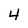
Character: 4